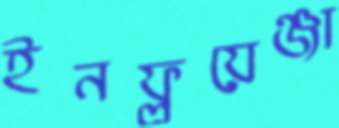
ইনফ্লুয়েঞ্জা